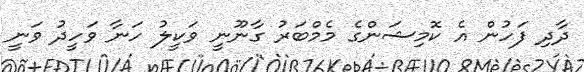
ދާދި ފަހުން އެ ކޮމިޝަންގެ މެމްބަރު ގާނޫނީ ވަކީލު ހަނާ ވަހީދު ވަނީ